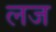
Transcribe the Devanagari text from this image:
लज